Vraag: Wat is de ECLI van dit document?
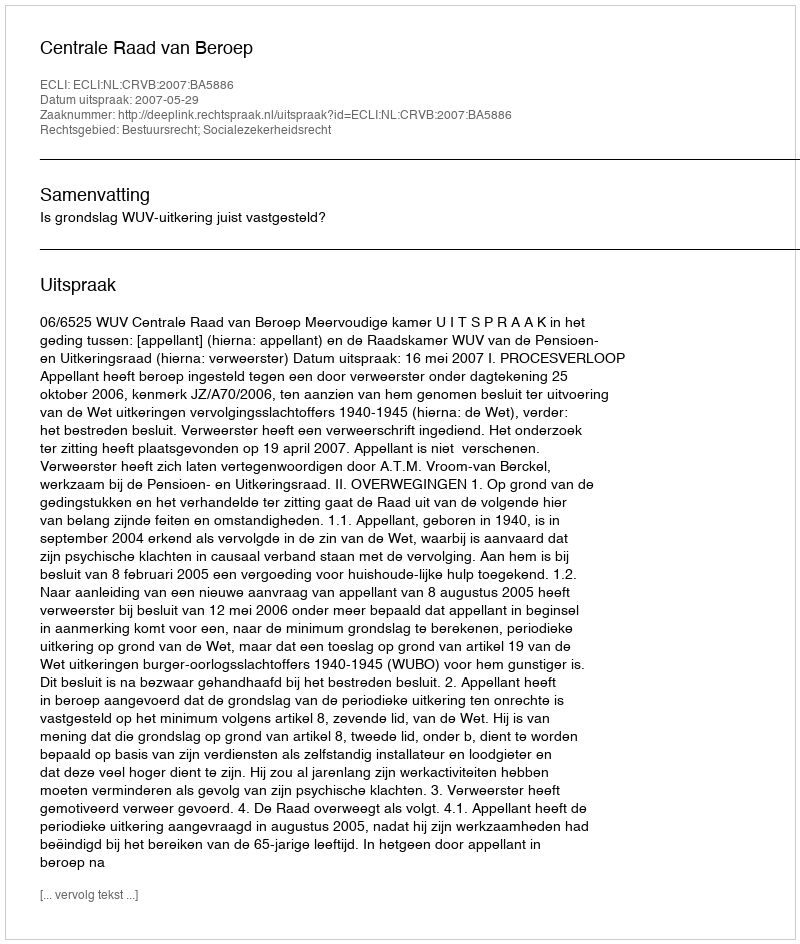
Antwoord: ECLI:NL:CRVB:2007:BA5886